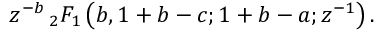
z ^ { - b } \, _ { 2 } F _ { 1 } \left( b , 1 + b - c ; 1 + b - a ; z ^ { - 1 } \right) .